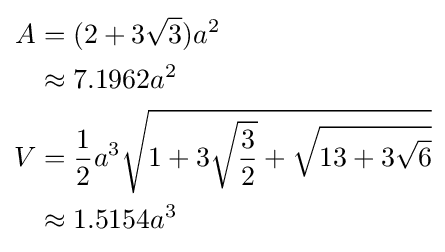
{\begin{aligned}A&=(2+3{\sqrt {3}})a^{2}\\&\approx 7.1962a^{2}\\V&={\frac {1}{2}}a^{3}{\sqrt {1+3{\sqrt {\frac {3}{2}}}+{\sqrt {13+3{\sqrt {6}}}}}}\\&\approx 1.5154a^{3}\end{aligned}}